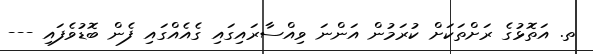
ތ. އަތޮޅުގެ ރަށްތަކަށް ކުރަމުން އަންނަ ވިއްސާރައިގައި ގެއެއްގައި ފެން ބޮޑުވެފައި ---